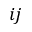
i j